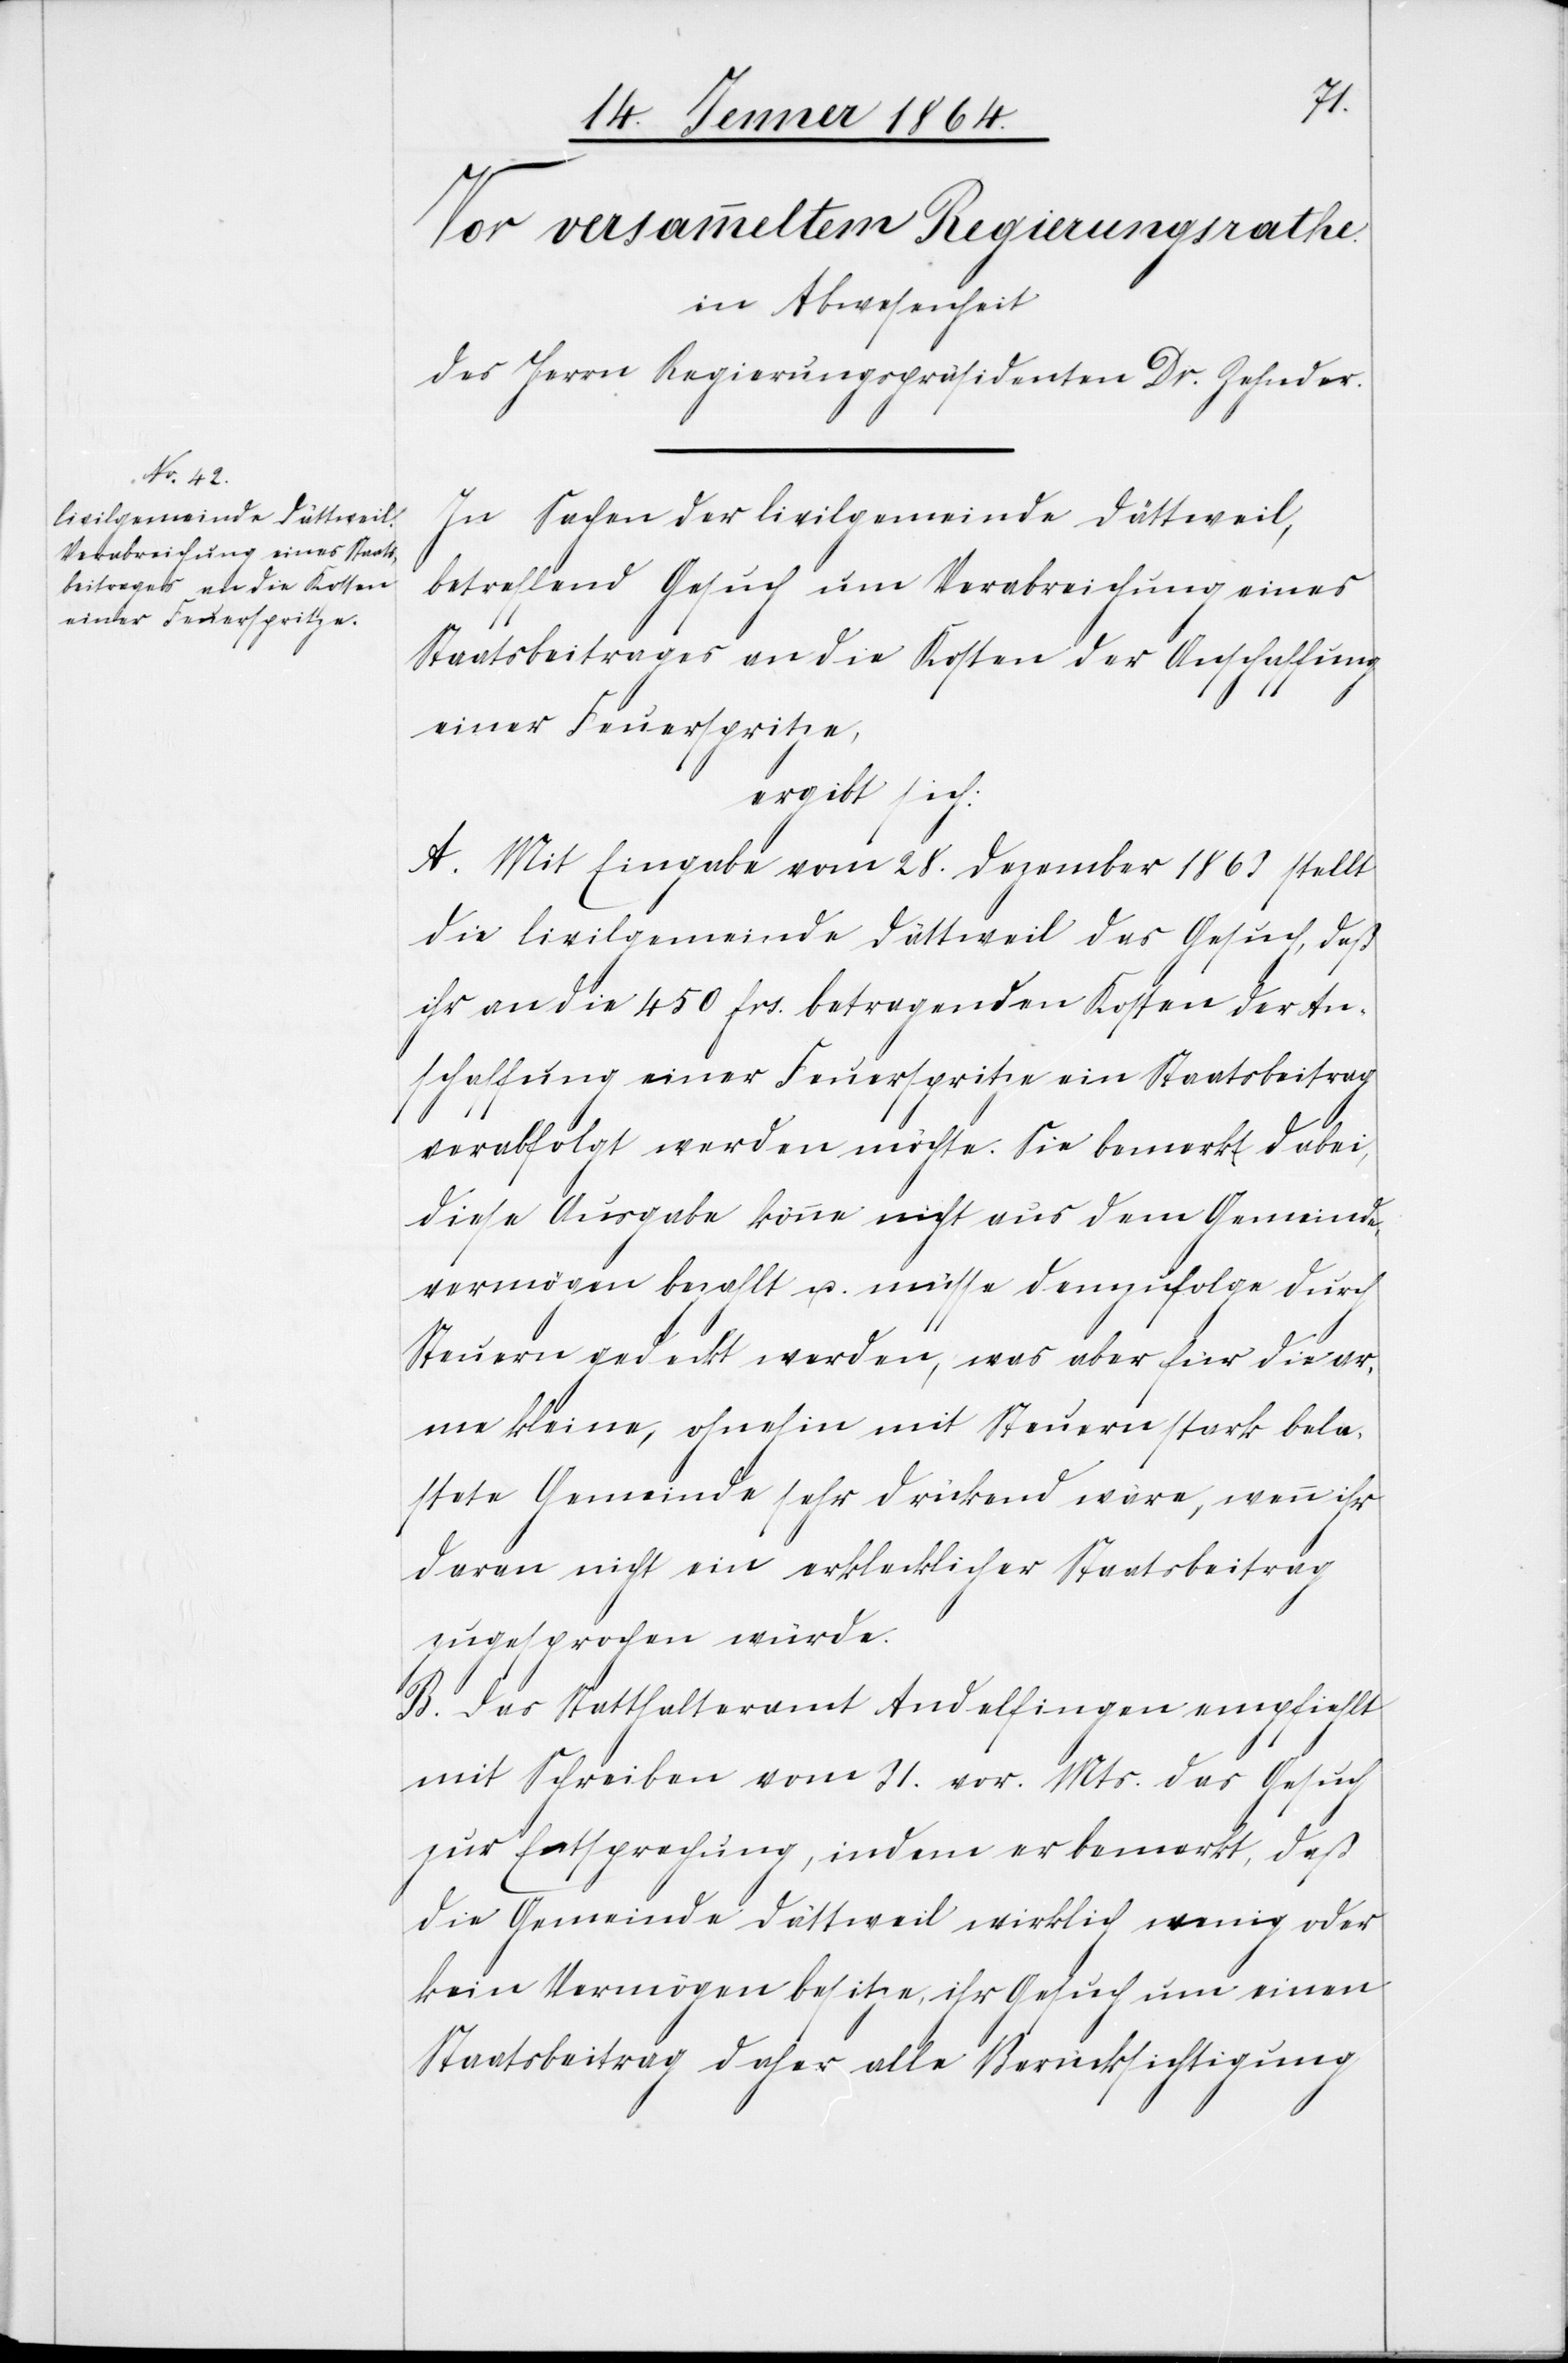
In Sachen der Civilgemeinde Dättweil,
betreffend Gesuch um Verabreichung eines
Staatsbeitrages an die Kosten der Anschaffung
einer Feuerspritze,
ergibt sich:
A. Mit Eingabe vom 28. Dezember 1863 stellt
die Civilgemeinde Dättweil das Gesuch, daß
ihr an die 450 frs. betragenden Kosten der An¬
schaffung einer Feuerspritze ein Staatsbeitrag
verabfolgt werden möchte. Sie bemerkt dabei,
diese Ausgabe könne nicht aus dem Gemeinde¬
vermögen bezahlt u. müsse demzufolge durch
Steuern gedeckt werden, was aber für die ar¬
me kleine, ohnehin mit Steuern stark bela¬
stete Gemeinde sehr drückend wäre, wenn ihr
daran nicht ein erklecklicher Staatsbeitrag
zugesprochen würde.
B. Das Statthalteramt Andelfingen empfiehlt
mit Schreiben vom 31. vor. Mts. das Gesuch
zur Entsprechung, indem er bemerkt, daß
die Gemeinde Dättweil wirklich wenig oder
kein Vermögen besitze, ihr Gesuch um einen
Staatsbeitrag daher alle Berücksichtigung